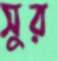
সুর